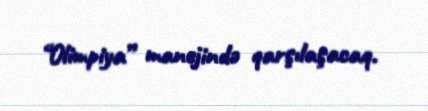
“Olimpiya” manejində qarşılaşacaq.